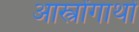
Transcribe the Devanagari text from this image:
आस्त्रोंगाथों